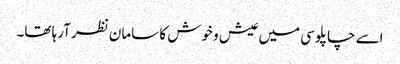
اسے چاپلوسی میں عیش و خوش کا سامان نظر آرہا تھا۔